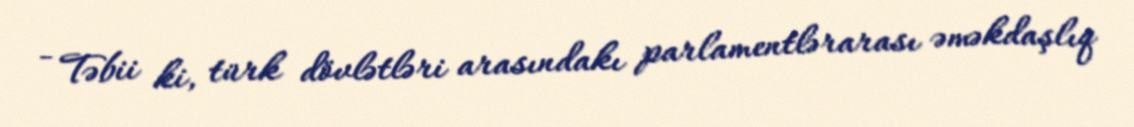
- Təbii ki, türk dövlətləri arasındakı parlamentlərarası əməkdaşlıq